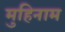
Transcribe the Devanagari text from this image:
मुहिनाम